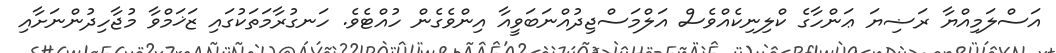
އަސްލަމިއްޔާ ރަޟިޔަ ޢަންހާގެ ކްލިނިކެއްވެސް އަލްމަސްޖިދުއްނަބަވީއާ އިންވެގެން ހުއްޓެވެ. ހަނގުރާމަތަކުގައި ޒަޚަމްވާ މުޖާހިދުންނަށާއި